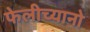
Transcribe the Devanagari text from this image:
फेलीच्यानो